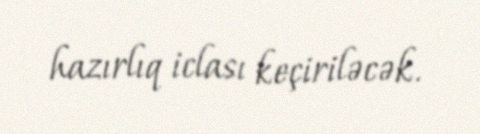
hazırlıq iclası keçiriləcək.